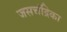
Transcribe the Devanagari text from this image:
जसचंद्रिका